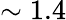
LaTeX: \sim 1.4